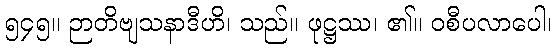
၅၄၅။ ဉာတိဗျသနာဒီဟိ၊ သည်။ ဖုဋ္ဌဿ၊ ၏။ ဝစီပလာပေါ၊